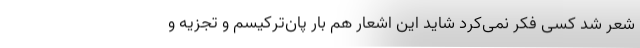
شعر شد کسی فکر نمی‌کرد شاید این اشعار هم بار پان‌ترکیسم و تجزیه و